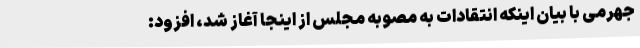
جهرمی با بیان اینکه انتقادات به مصوبه مجلس از اینجا آغاز شد، افزود: